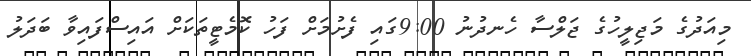
މިއަދުގެ މަޖިލީހުގެ ޖަލްސާ ހެނދުނު 9:00ގައި ފެށުމަށް ފަހު ކޮމެޓީތަކަށް އައިސްފައިވާ ބަދަލު